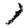
Digit: 1